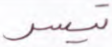
تيسر